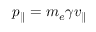
p _ { \parallel } = m _ { e } \gamma v _ { \parallel }